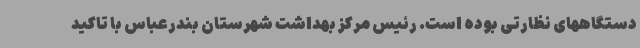
دستگاههای نظارتی بوده است. رئیس مرکز بهداشت شهرستان بندرعباس با تاکید